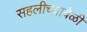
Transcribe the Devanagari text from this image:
सहलीच्यावेळी